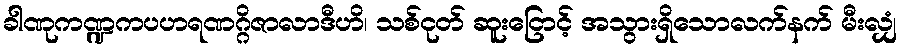
ခါဏုကဏ္ဍကပဟရဏဂ္ဂိဇာလာဒီဟိ၊ သစ်ငုတ် ဆူးငြောင့် အသွားရှိသောလက်နက် မီးလျှံ